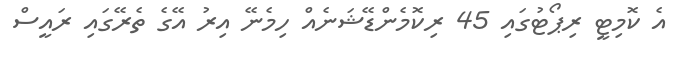
އެ ކޮމިޓީ ރިޕޯޓުގައި 45 ރިކޮމެންޑޭޝަނެއް ހިމެނޭ އިރު އޭގެ ތެރޭގައި ރައީސް